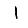
Digit: 1